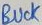
Text: BUCK